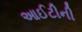
આઈટીની